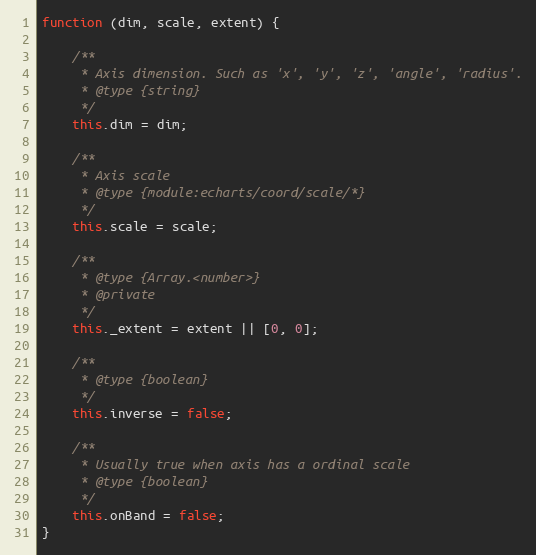
Language: JavaScript
function (dim, scale, extent) {

    /**
     * Axis dimension. Such as 'x', 'y', 'z', 'angle', 'radius'.
     * @type {string}
     */
    this.dim = dim;

    /**
     * Axis scale
     * @type {module:echarts/coord/scale/*}
     */
    this.scale = scale;

    /**
     * @type {Array.<number>}
     * @private
     */
    this._extent = extent || [0, 0];

    /**
     * @type {boolean}
     */
    this.inverse = false;

    /**
     * Usually true when axis has a ordinal scale
     * @type {boolean}
     */
    this.onBand = false;
}